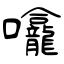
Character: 㘛